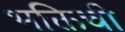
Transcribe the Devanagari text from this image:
भक्तिची